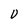
Character: 0